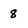
Character: 8